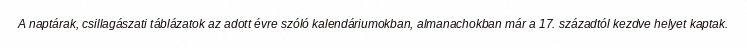
A naptárak, csillagászati táblázatok az adott évre szóló kalendáriumokban, almanachokban már a 17. századtól kezdve helyet kaptak.